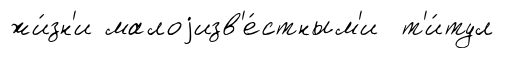
жи́зн'и малоjизв'е́стным'и т'и́тул